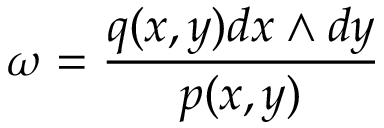
\omega = { \frac { q ( x , y ) d x \wedge d y } { p ( x , y ) } }